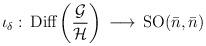
LaTeX: \begin{align*}\iota_\delta : \, \mbox{Diff}\left ({{\cal G}\over{\cal H}} \right )\, \longrightarrow \, \mathrm{SO}({\bar n}, {\bar n}) \end{align*}